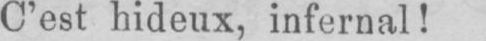
C’est hideux, infernal!